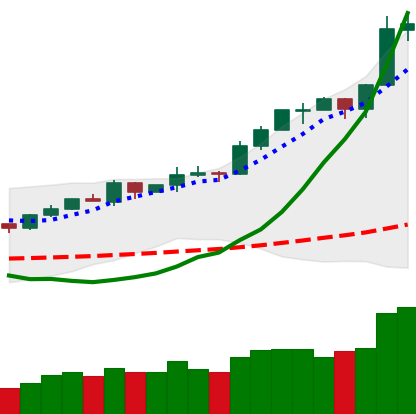
Ticker: ETH-USD
Chart end date: 2020-02-13
Forward return: 5.164%
Label: up_5_7